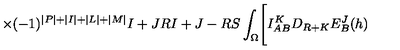
\times ( - 1 ) ^ { \vert P \vert + \vert I \vert + \vert L \vert + \vert M \vert } { \binom { I + J } { R } } { \binom { I + J - R } { S } } \int _ { \Omega } \Biggl [ I _ { A B } ^ { K } D _ { R + K } E _ { B } ^ { J } ( h )